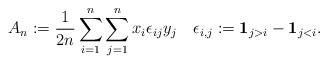
LaTeX: \begin{align*}A_n := \frac{1}{2n} \sum_{i=1}^n \sum_{j=1}^{n} x_i \epsilon_{ij} y_j\quad\epsilon_{i,j}:=\mathbf{1}_{j>i}-\mathbf{1}_{j<i}.\end{align*}